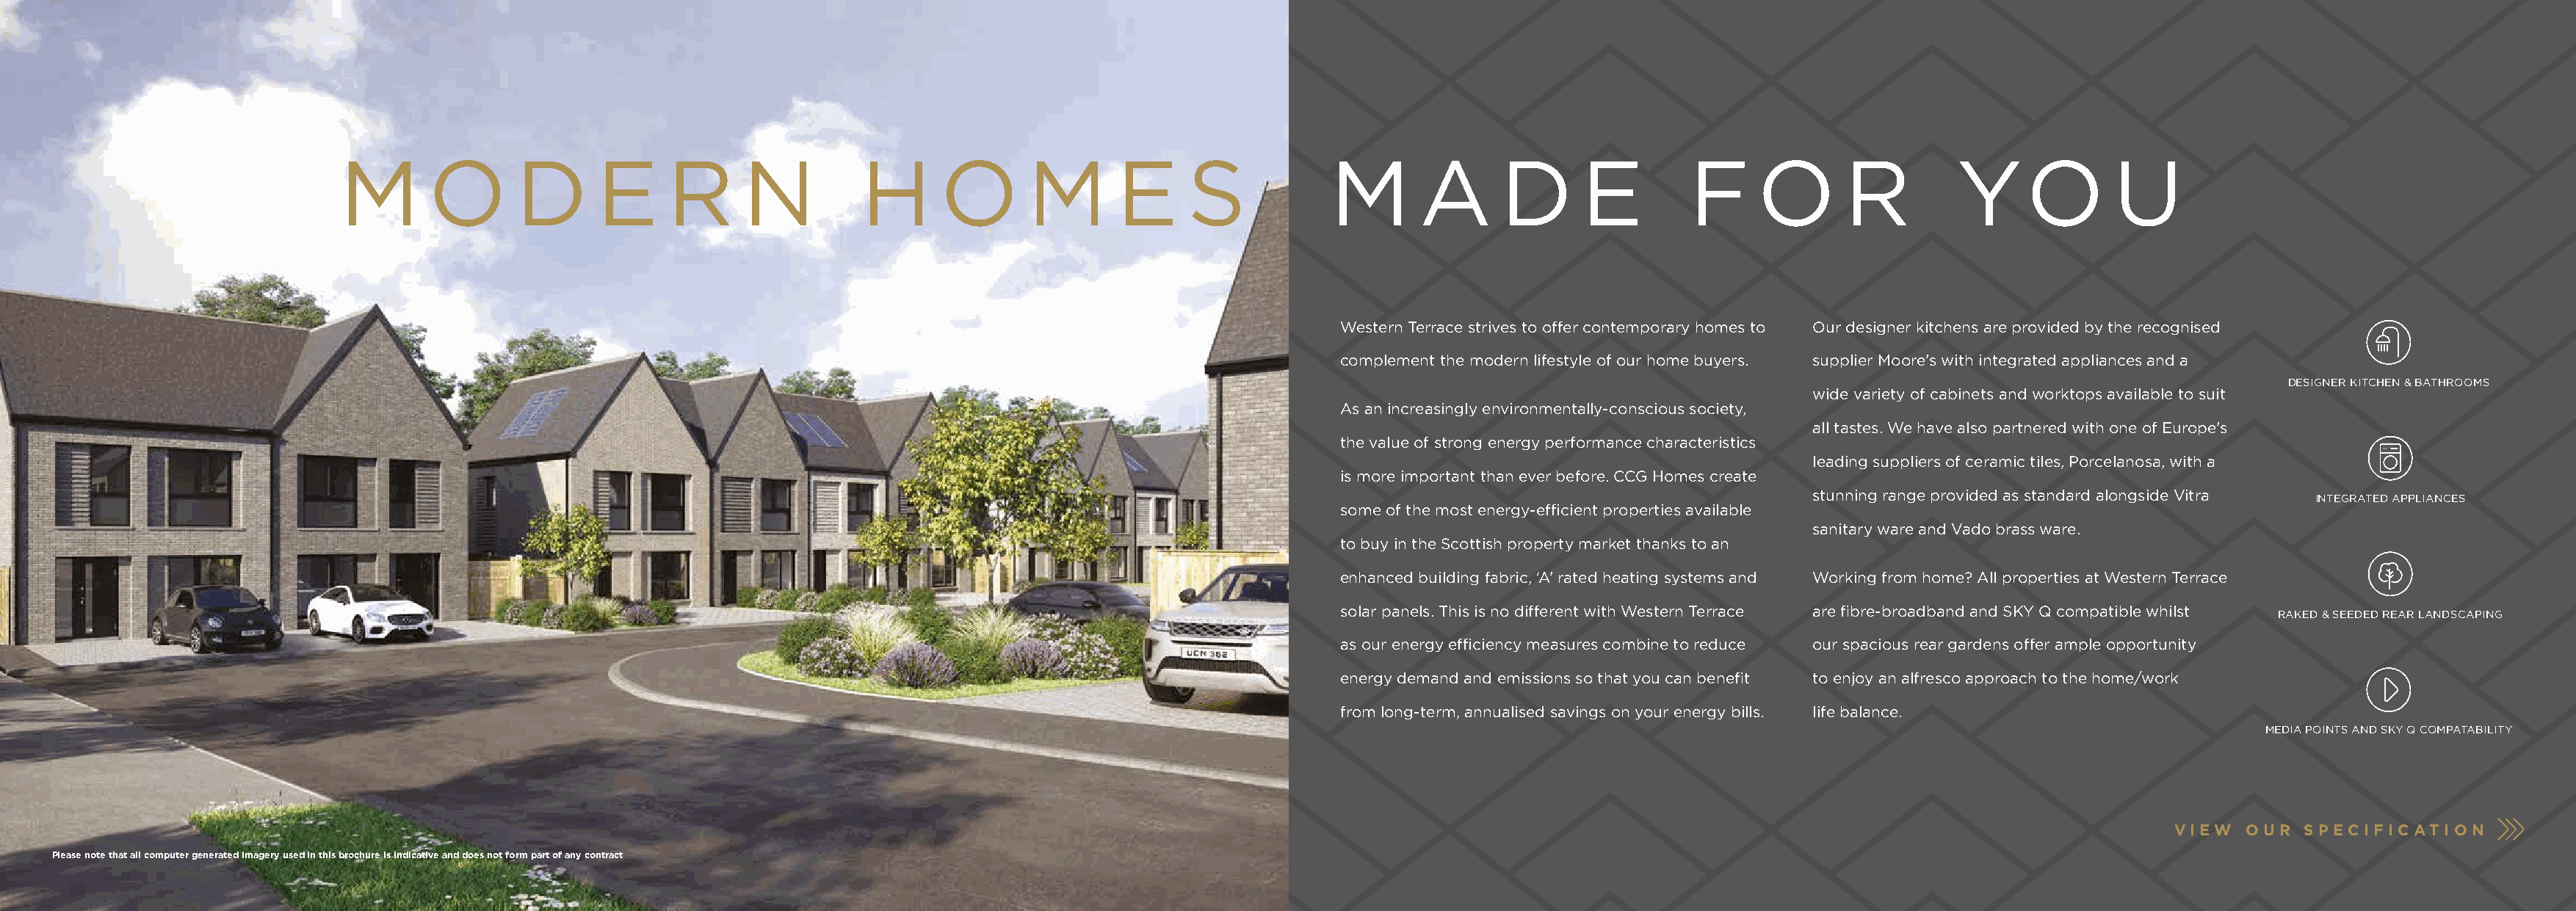
M       O       D      E     R      N          H      O       M       E     S            M       A      D       E        F     O       R         YO             U
 Western Terrace strives to offer contemporary homes to Our designer kitchens are provided by the recognised
 complement the modern lifestyle of our home buyers. supplier Moore’s with integrated appliances and a
 DESIGNER KITCHEN & BATHROOMS
 wide variety of cabinets and worktops available to suit
 As an increasingly environmentally-conscious society,
 all tastes. We have also partnered with one of Europe’s
 the value of strong energy performance characteristics
 leading suppliers of ceramic tiles, Porcelanosa, with a
 is more important than ever before. CCG Homes create
 stunning range provided as standard alongside Vitra
 INTEGRATED APPLIANCES
 some of the most energy-efficient properties available
 sanitary ware and Vado brass ware.
 to buy in the Scottish property market thanks to an
 enhanced building fabric, ‘A’ rated heating systems and Working from home? All properties at Western Terrace
 solar panels. This is no different with Western Terrace are fibre-broadband and SKY Q compatible whilst
 RAKED & SEEDED REAR LANDSCAPING
 as our energy efficiency measures combine to reduce our spacious rear gardens offer ample opportunity
 energy demand and emissions so that you can benefit to enjoy an alfresco approach to the home/work
 from long-term, annualised savings on your energy bills. life balance.
 MEDIA POINTS AND SKY Q COMPATABILITY
 VIEW  OUR   SPECI FICATION
 A MIX OF CONTEMPORARY HOMES  & APARTMENTS FROM  CCG HOMES
 Please note that all computer generated imagery used in this brochure is indicative and does not form part of any contract